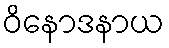
ဝိနောဒနာယ